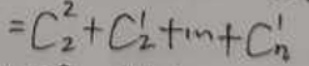
\[
=C_{2}^{2}+C_{2}^{1}+\cdots +C_{n}^{1}
\]